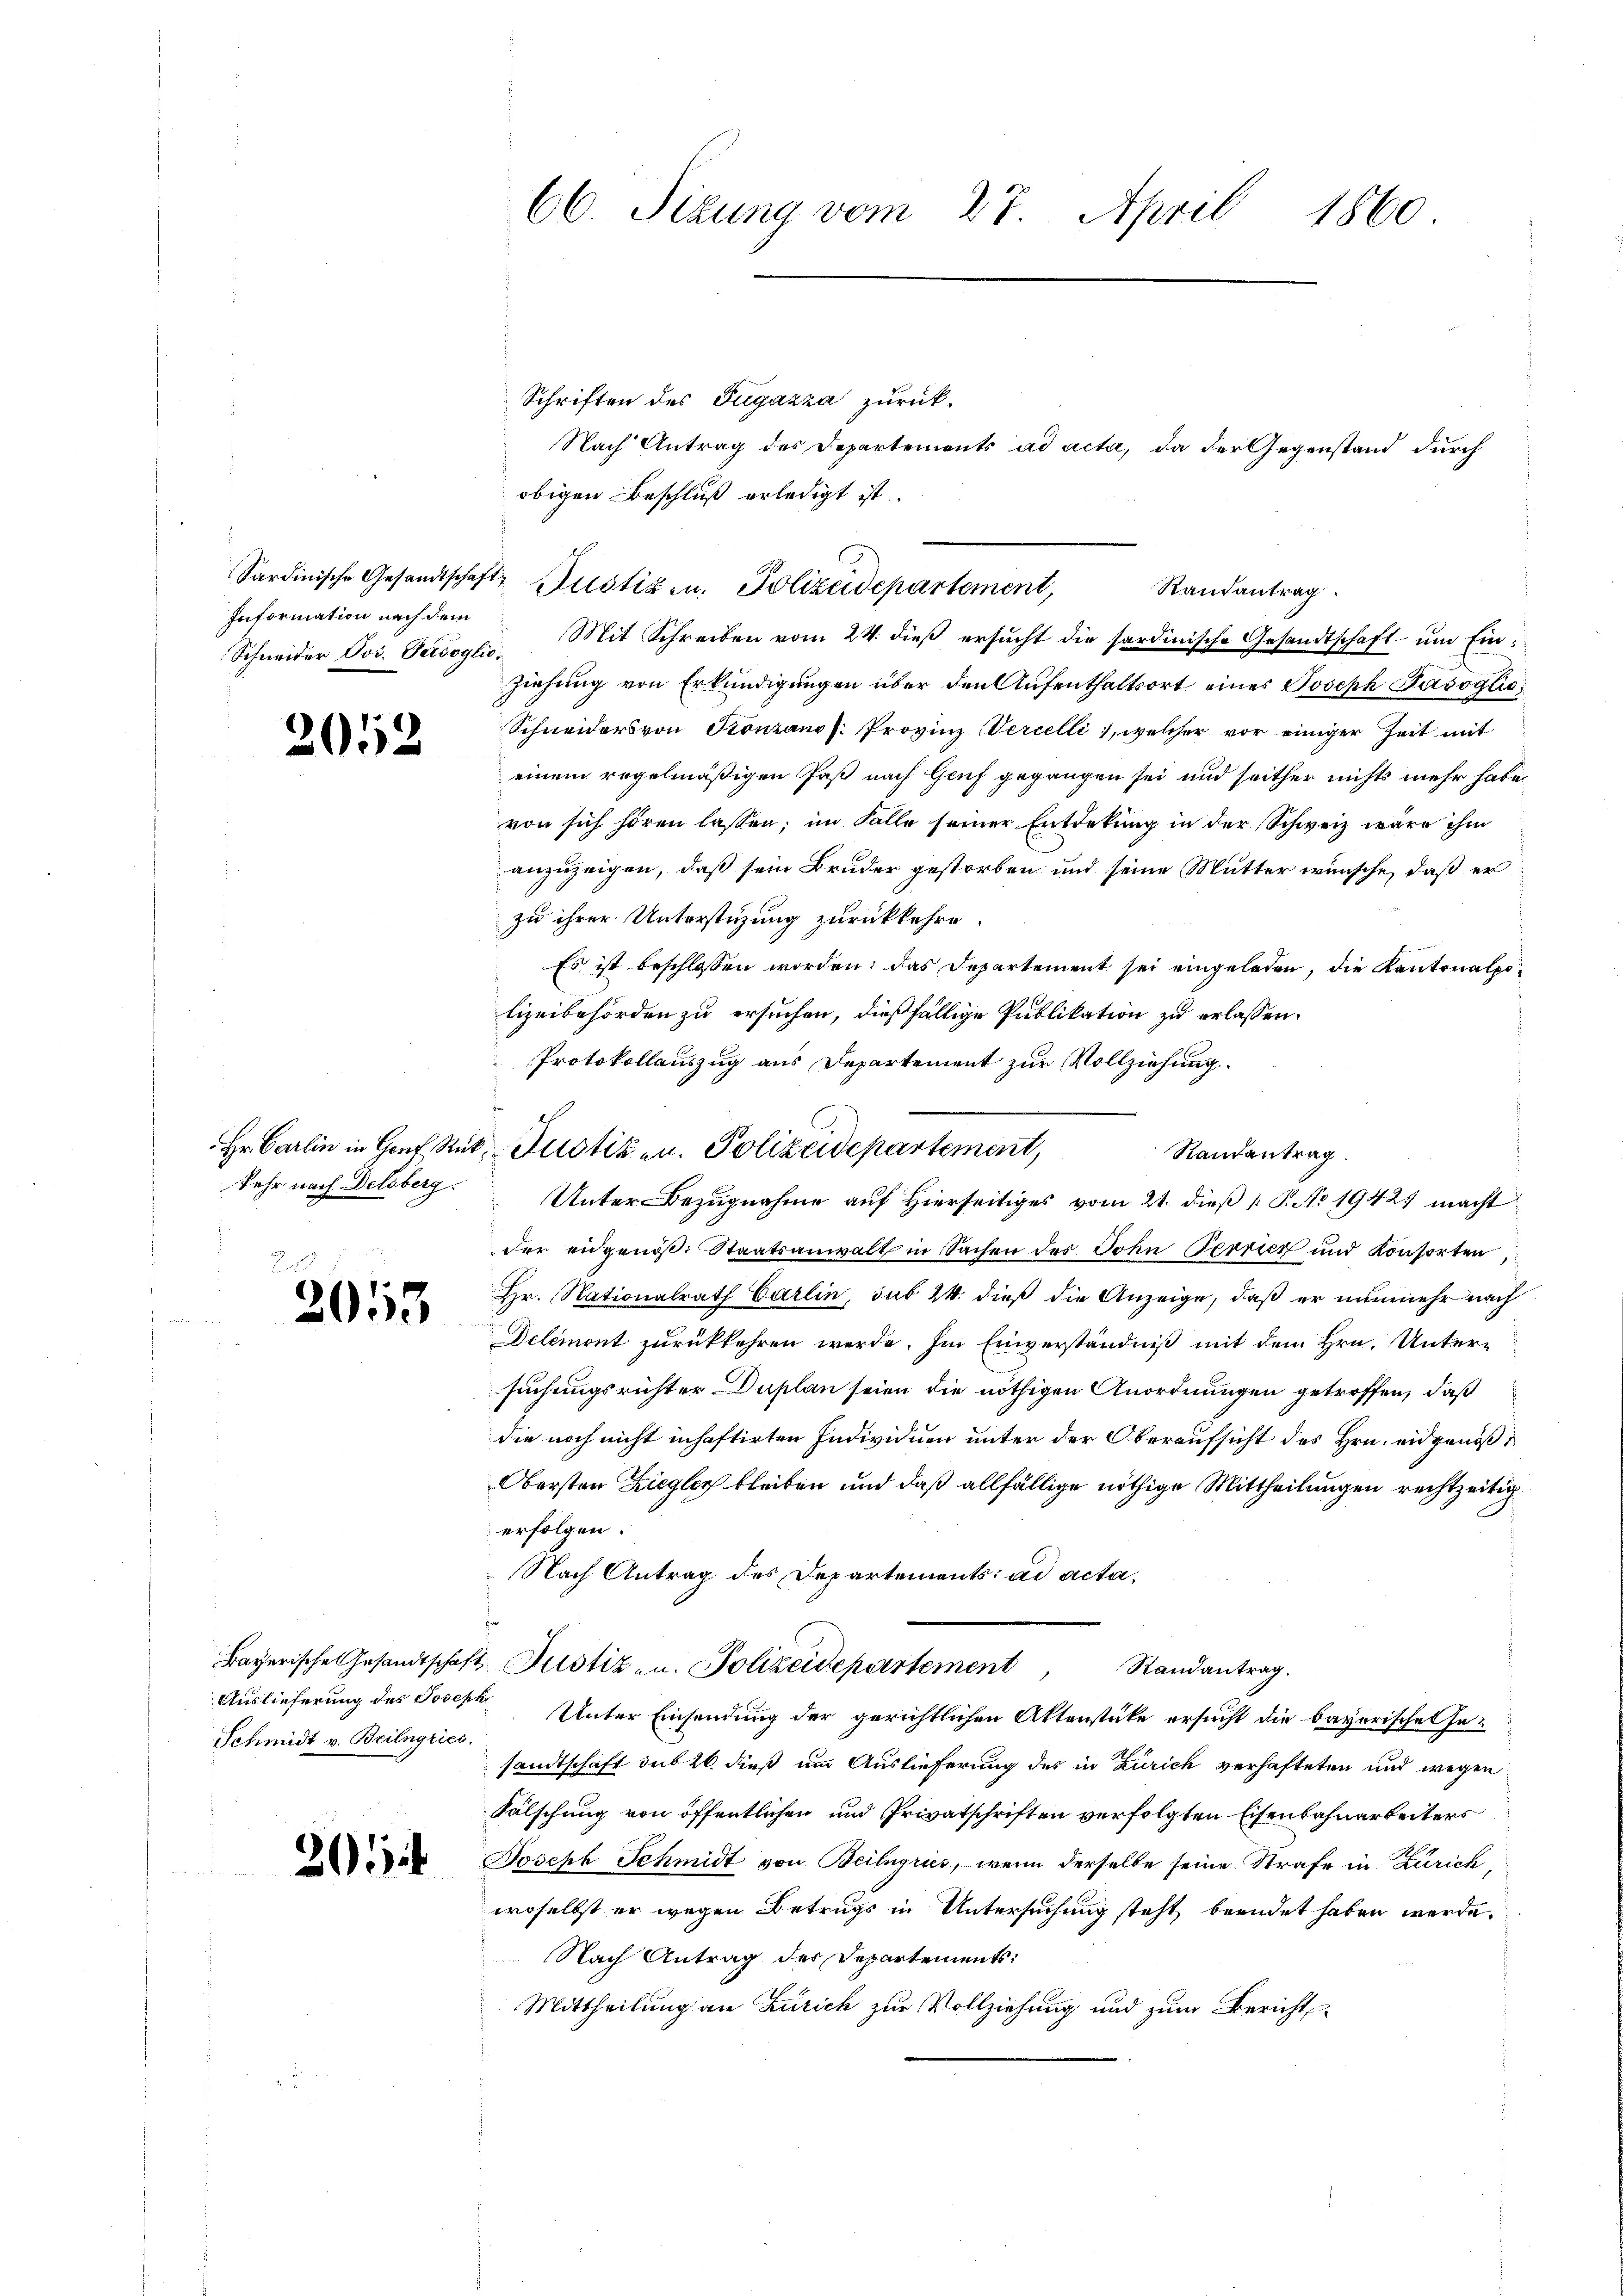
Information nach dem

2052

kehr nach Delsberg.

2055

Bayerische Gesandtschaf
Schmidt v. Beilngries

201

66. Sizung vom 27. April 1860

Schriften des Zugazza zurück-
obigen Beschluß erledigt ist.
Schneider Jos. Gadoglio Mit Schreiben vom 24. dieβ ersŭcht die sardinische Gesandtschaft ŭm Einziehung von Erkundigungen über den Aufenthaltsort eines Joseph Pasoglio
Schneiders von Stonzanos Provinz Vercelli, welcher vor einiger Zeit mit
einem regelmäßigen Paß nach Genf gegangen sei und seither nichts mehr habe
von sich hören lassen; im Falle seiner Entdekung in der Schweiz wäre ihm
anzuzeigen, daß sein Bruder gestorben und seine Mutter wünsche, daß er
zu ihrer Unterstüzung zurückkehre.
Es ist beschlossen worden; das Departement sei eingeladen, die Kantonalpolizeibehörden zu ersuchen, dießfällige Publikation zu erlassen.
Protokollauszug aus Departement zur Vollziehung.
Unter Bezugnahme auf Hierseitiges vom 21. dieß P. No 19427 macht
der eidgenöβ. Staatsanwalt in Sachen des Sohn Terricz und Konsorten,
Hr. Nationalrath Carlin, sub 24. dieß die Anzeige, daß er nunmehr nach
Delémont zurückkehren werde. Im Einverständniß mit dem Hrn. Untersuchungsrichter Duplan seien die nöthigen Anordnungen getroffen, daß
die noch nicht inhaftirten Individuen unter der Oberaufsicht des Hrn. eidgenößi
Obersten Zieglich bleiben und daß allfällige nöthige Mittheilungen rechtzeitig
erfolgen.
 Nach Antrag des Departements: ad acta¬
2. Justiz- u. Polizeidepartement, Randantrag.
Auslieferung des Joseph Unter Einsendung der gerichtlichen Aktenstüke ersucht die bayerischen Insandtschaft sub 20. dieß um Auslieferung des in Zürich verhafteten und wegen
Fälschung von öffentlichen und Privatschriften verfolgten Eisenbahnarbeiters
Joseph Schmidt von Beilgries, wenn derselbe seine Strafe in Zürich,
woselbst er wegen Betrugs in Untersuchung steht beendet haben werde.
Nach Antrag der Departements:
Mittheilung an Zürich zur Vollziehung und zum Bericht

Sardinische Gesandtschaft- Justizen, Polizeidepartement,

Hr. Carlin in Gorf Rük. Justiken. Polizeidepartement,

Nach Antrag des Departements ad acta, da der Gegenstand durch

Randantrag.

Randantrag